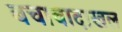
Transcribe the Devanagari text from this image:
बचावादाखल